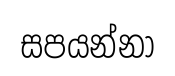
සපයන්නා